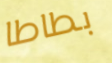
بطاطا